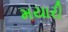
મયારી